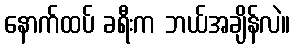
နောက်ထပ် ခရီးက ဘယ်အချိန်လဲ။